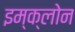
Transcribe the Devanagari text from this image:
इम्‍क्‍लोन